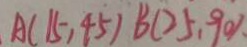
A ( 1 5 , 4 5 ) B ( 2 5 , 9 0 ) .